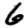
Digit: 6